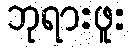
ဘုရားဖူး